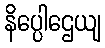
နိပ္ပေါဌေယျ